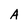
Character: A